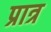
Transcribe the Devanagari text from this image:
प्रात्र